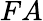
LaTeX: FA